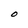
Character: 0